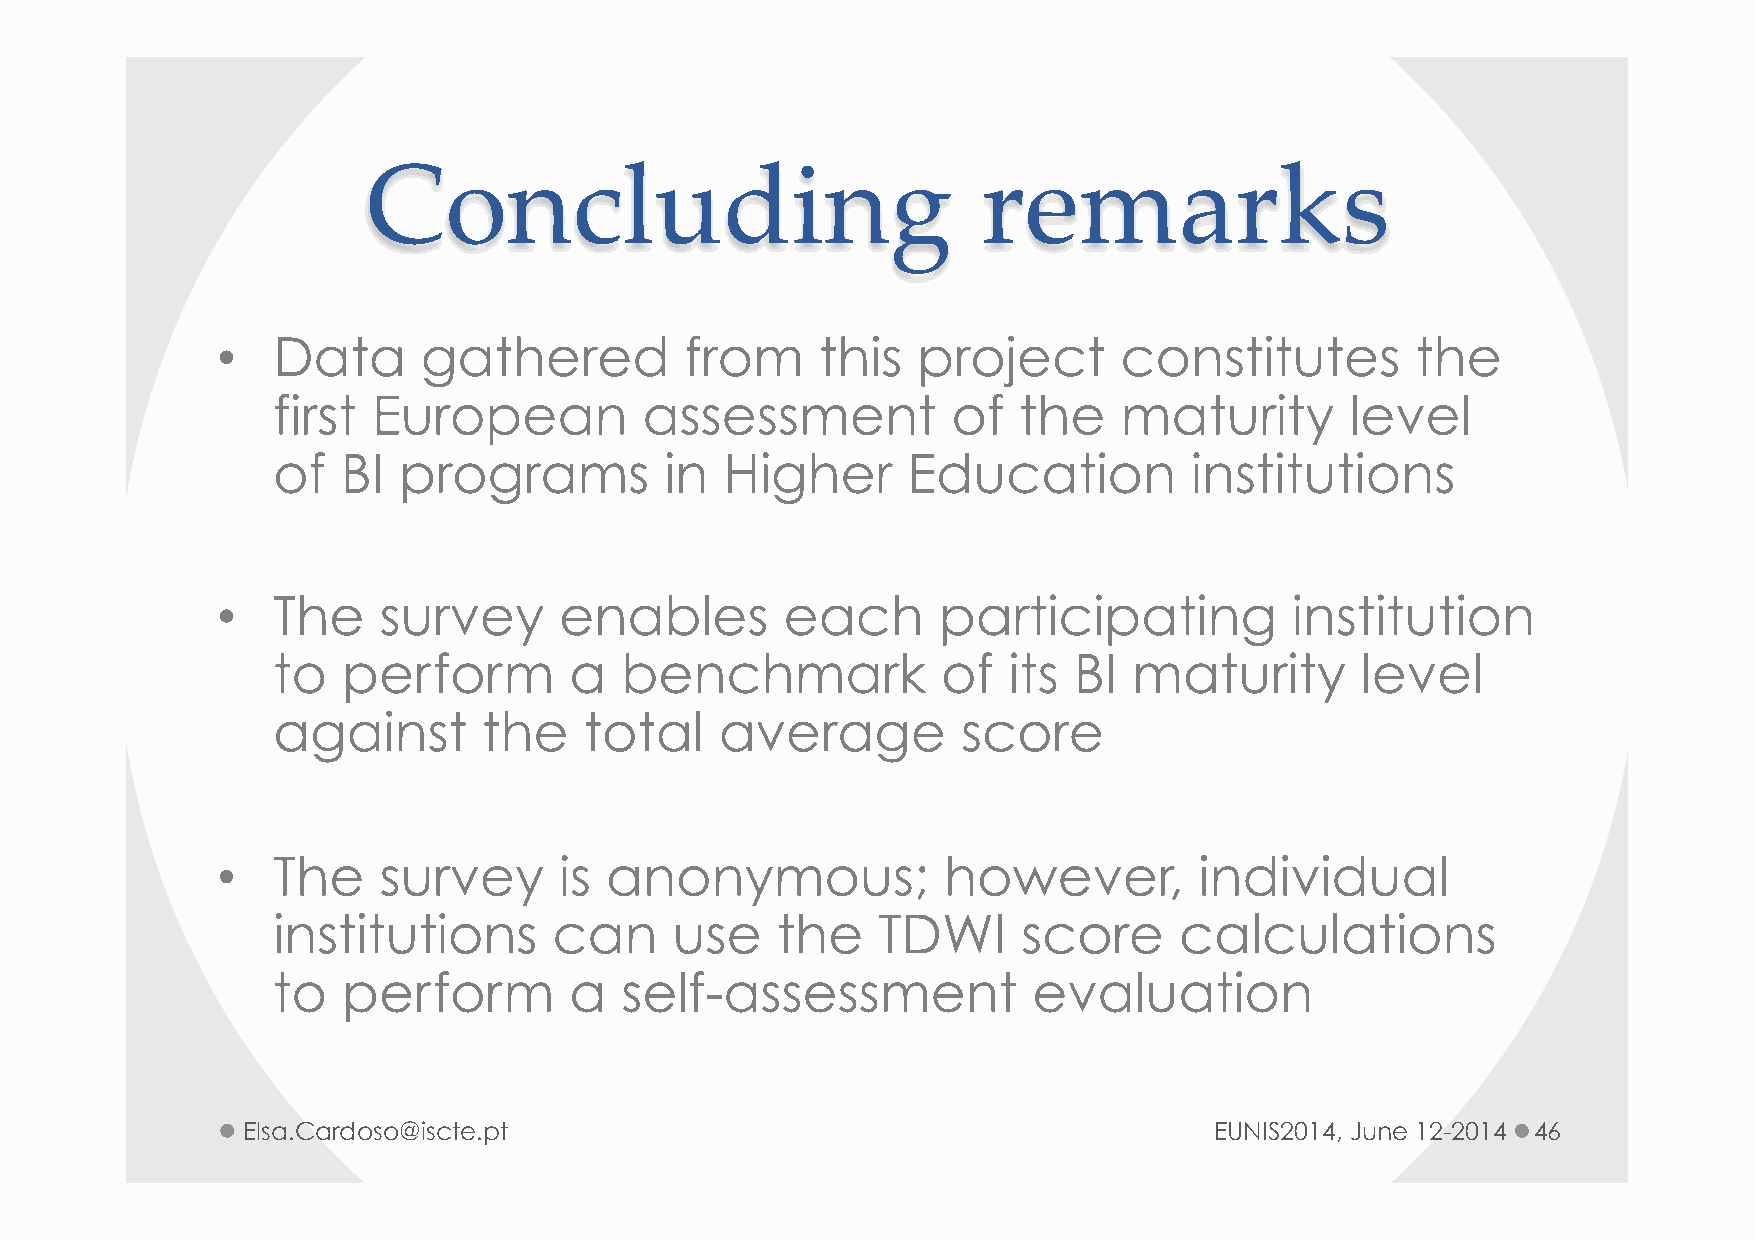
Concluding                               remarks
 •   Data      gathered         from     this   project      constitutes         the
 first  European          assessment          of  the    maturity       level
 of   BI programs          in  Higher      Education          institutions
 •   The    survey      enables        each      participating          institution
 to   perform        a  benchmark            of   its BI  maturity       level
 against       the    total    average         score
 •   The    survey      is anonymous;            however,         individual
 institutions       can     use   the    TDWI      score     calculations
 to   perform        a  self-assessment            evaluation
 Elsa.Cardoso@iscte.pt                                           EUNIS2014, June 12-2014 46